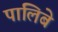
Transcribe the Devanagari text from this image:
पालिबे